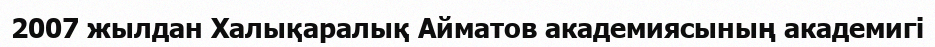
2007 жылдан Халықаралық Айматов академиясының академигі